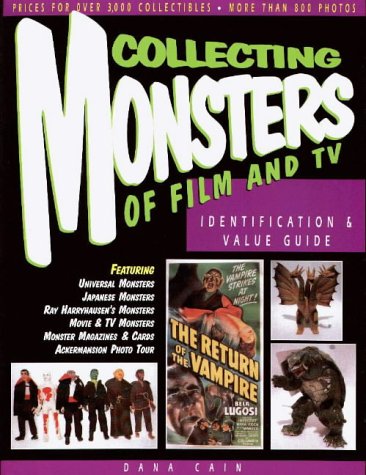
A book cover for Collecting Monsters of Film and TV: Identification & Value Guide; Dana Cain; Crafts, Hobbies & Home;